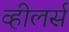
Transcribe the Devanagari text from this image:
व्हीलर्स